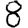
Digit: 8